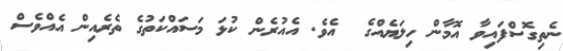
ނެތިގޮސްފައިވާ އޮމާން ހިލަޔެއްގެ  އެވެ. އެއުރެން ކުޅަ މަސައްކަތުގެ ތެރެއިން އެއްވެސް